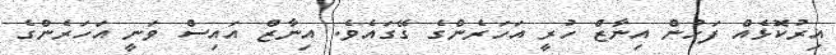
އިރުކޮޅެއް ފަހުން އިނާޒް ހުރީ އަހަރެންގެ ގޭގައެވެ. އިނާޒް އައިސް ވަނީ އަހަރެންގެ